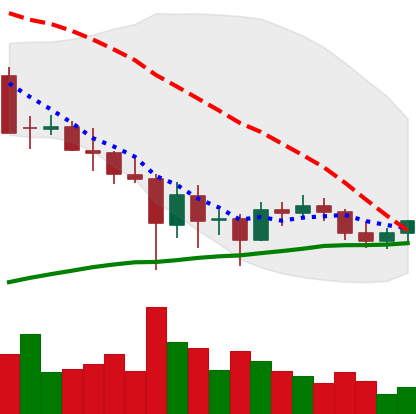
Ticker: BTC-USD
Chart end date: 2021-05-31
Forward return: -4.77%
Label: down_3_5